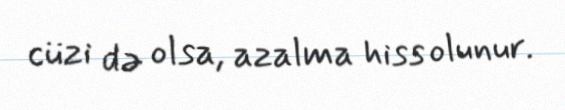
cüzi də olsa, azalma hiss olunur.